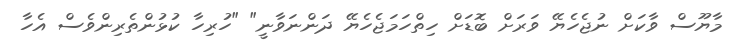
މާޔޫސް ވާކަށް ނުޖެހެޔޭ ވަރަށް ބޮޑަށް ހިތްހަމަޖެހެޔޭ ދަންނަވާނީ" "ހުރިހާ ކުޅުންތެރިންވެސް އެހާ